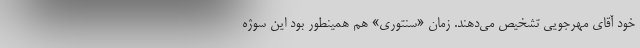
خود آقای مهرجویی تشخیص می‌دهند. زمان «سنتوری» هم همینطور بود این سوژه